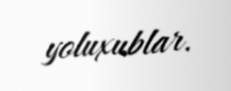
yoluxublar.